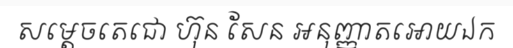
សម្តេចតេជោ ហ៊ុន សែន អនុញ្ញាតអោយឯក